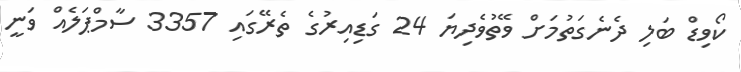
ކޯވިޑް ބަލި ދެނެގަތުމަށް ވޭތުވެދިޔަ 24 ގަޑިއިރުގެ ތެރޭގައި 3357 ސާމްޕަލެއް ވަނީ